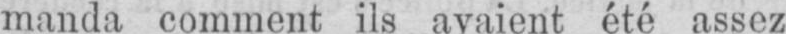
manda comment ils avaient été assez